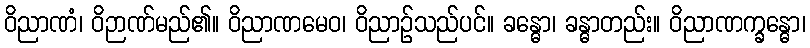
ဝိညာဏံ၊ ဝိဉာဏ်မည်၏။ ဝိညာဏမေဝ၊ ဝိညာဉ်သည်ပင်။ ခန္ဓော၊ ခန္ဓာတည်း။ ဝိညာဏက္ခန္ဓော၊